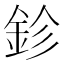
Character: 鉁